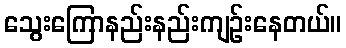
သွေးကြောနည်းနည်းကျဉ်းနေတယ်။